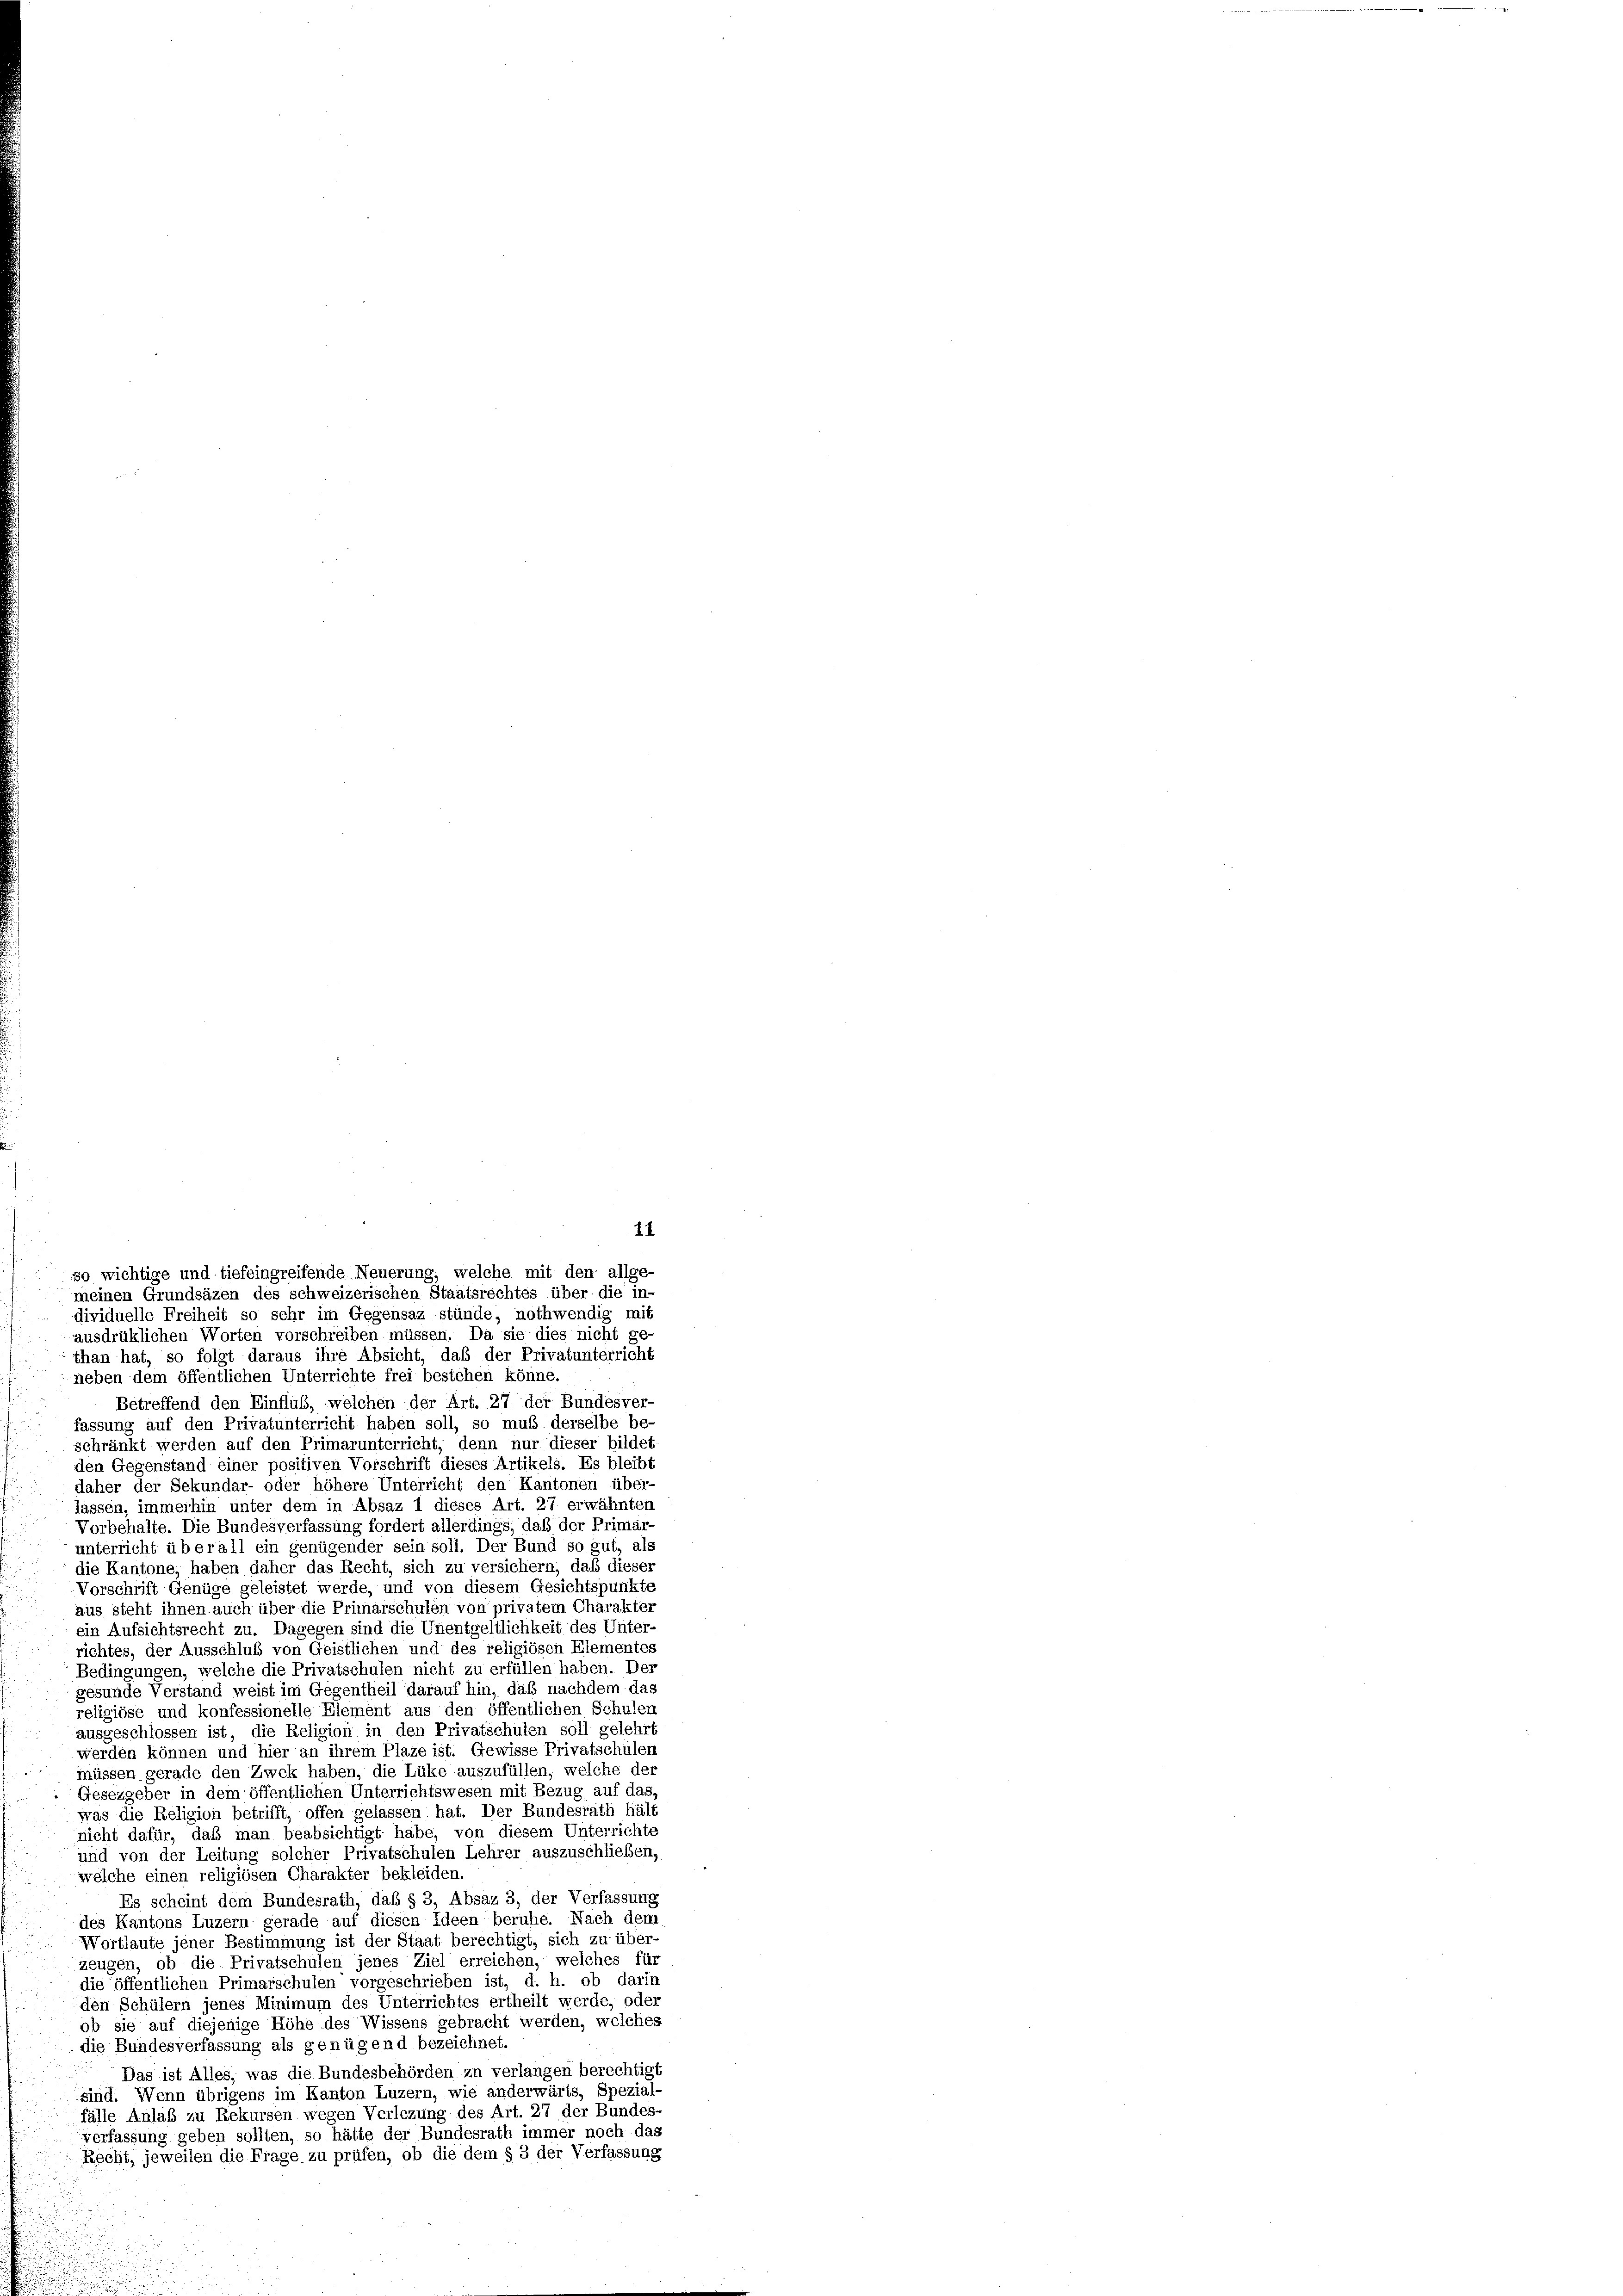
11
meinen Grundsäzen des schweizerischen Staatsrechtes über die in-
dividuelle Freiheit so sehr im Gegensaz stünde, nothwendig mit
ausdrüklichen Worten vorschreiben müssen. Da sie dies nicht ge
than hat, so folgt daraus ihre Absicht, daß der Privatunterricht
neben dem öffentlichen Unterrichte frei bestehen könne.
Betreffend den Einfluß, welchen der Art. 27 der Bundesver-
fassung auf den Privatunterricht haben soll, so muß derselbe be-
schränkt werden auf den Primarunterricht, denn nur dieser bildet
den Gegenstand einer positiven Vorschrift dieses Artikels. Es bleibt
daher der Sekundar- oder höhere Unterricht den Kantonen über-
lassen, immerhin unter dem in Absaz 1 dieses Art. 27 erwähnten
Vorbehalte. Die Bundesverfassung fordert allerdings, daß der Primar-
unterricht überall ein genügender sein soll. Der Bund so gut, als
die Kantone, haben daher das Recht, sich zu versichern, daß dieser
Vorschrift Genüge geleistet werde, und von diesem Gesichtspunkte
aus steht ihnen auch über die Primarschulen von privatem Charakter
ein Aufsichtsrecht zu. Dagegen sind die Unentgeltlichkeit des Unter-
richtes, der Ausschluß von Geistlichen und des religiösen Elementes
Bedingungen, welche die Privatschulen nicht zu erfüllen haben. Der
gesunde Verstand weist im Gegentheil darauf hin, daß nachdem das
religiöse und konfessionelle Element aus den öffentlichen Schuler
ausgeschlossen ist, die Religion in den Privatschulen soll gelehrt
werden können und hier an ihrem Plaze ist. Gewisse Privatschülen
müssen gerade den Zwek haben, die Lüke auszufüllen, welche der
Gesezgeber in dem öffentlichen Unterrichtswesen mit Bezug auf das
was die Religion betrifft, offen gelassen hat. Der Bundesrath hält
nicht dafür, daß man beabsichtigt habe, von diesem Unterrichte
und von der Leitung solcher Privatschulen Lehrer auszuschließen,
welche einen religiösen Charakter bekleiden.
Es scheint dem Bundesrath, daß § 3, Absaz 3, der Verfassung
des Kantons Luzern gerade auf diesen Ideen beruhe. Nach dem
Wortlaute jener Bestimmung ist der Staat berechtigt, sich zu über-
zeugen, ob die Privatschülen jenes Ziel erreichen, welches für
die öffentlichen Primarschulen vorgeschrieben ist, d. h. ob darin
den Schülern jenes Minimum des Unterrichtes ertheilt werde, oder
ob sie auf diejenige Höhe des Wissens gebracht werden, welches
die Bundesverfassung als genügend bezeichnet.
Das ist Alles, was die Bundesbehörden zu verlangen berechtigt
sind. Wenn übrigens im Kanton Luzern, wie anderwärts, Spezial-
fälle Anlaß zu Rekursen wegen Verlegung des Art. 27 der Bundes-
verfassung geben sollten, so hätte der Bundesrath immer noch das
Recht, jeweilen die Frage zu prüfen, ob die dem § 3 der Verfassung

so wichtige und tiefeingreifende Neuerung, welche mit den allge-